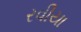
રવીયા